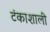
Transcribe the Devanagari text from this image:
टंकाशाली